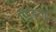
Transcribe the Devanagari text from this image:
पीडि़तो